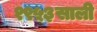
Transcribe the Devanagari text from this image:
१९५३साली